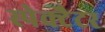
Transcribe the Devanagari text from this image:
स्पेक्टैटर